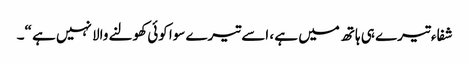
شفاء تیرے ہی ہاتھ میں ہے ، اسے تیرے سوا کوئی کھولنے والا نہیں ہے “۔